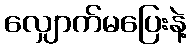
လျှောက်မပြေးနဲ့